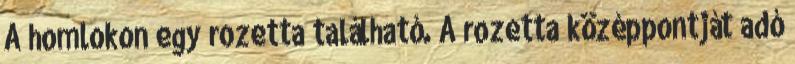
A homlokon egy rozetta található. A rozetta középpontját adó